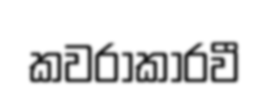
කවරාකාරවී